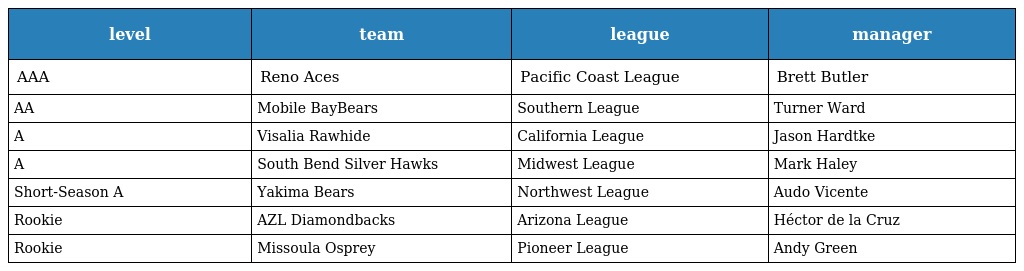
| level | team | league | manager |
 | --- | --- | --- | --- |
 | AAA | Reno Aces | Pacific Coast League | Brett Butler |
 | AA | Mobile BayBears | Southern League | Turner Ward |
 | A | Visalia Rawhide | California League | Jason Hardtke |
 | A | South Bend Silver Hawks | Midwest League | Mark Haley |
 | Short-Season A | Yakima Bears | Northwest League | Audo Vicente |
 | Rookie | AZL Diamondbacks | Arizona League | Héctor de la Cruz |
 | Rookie | Missoula Osprey | Pioneer League | Andy Green |